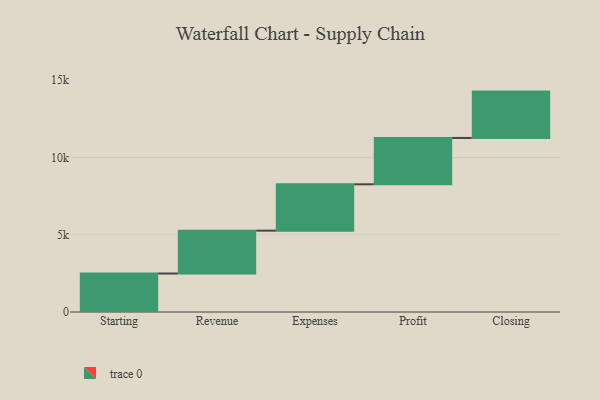
{"axis": {"x": "Step", "y": "Value"}, "legend": [""], "data": [{"x": "Starting", "y": 2491.0, "type": ""}, {"x": "Revenue", "y": 2775.0, "type": ""}, {"x": "Expenses", "y": 3000, "type": ""}, {"x": "Profit", "y": 3000, "type": ""}, {"x": "Closing", "y": 3000, "type": ""}]}